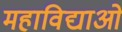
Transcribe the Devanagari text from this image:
महाविद्याओ